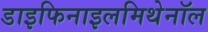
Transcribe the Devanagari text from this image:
डाइफिनाइलमिथेनॉल